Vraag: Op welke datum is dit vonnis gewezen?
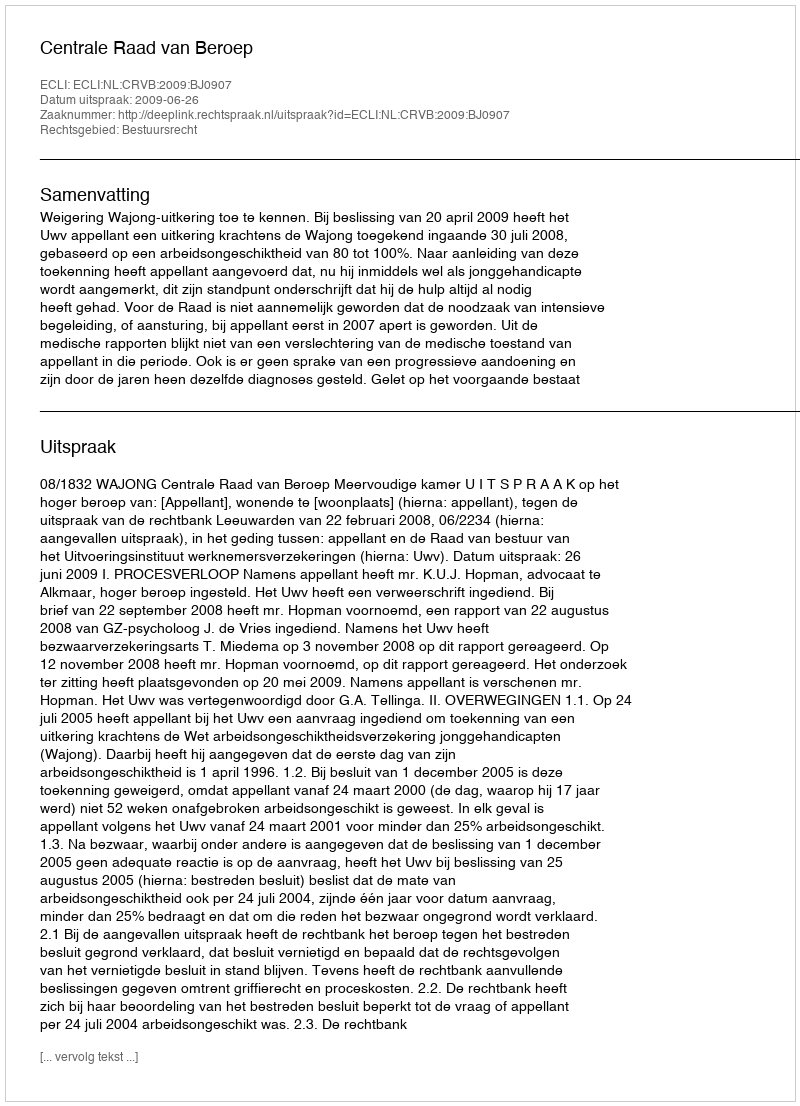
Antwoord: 2009-06-26